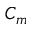
C _ { m }